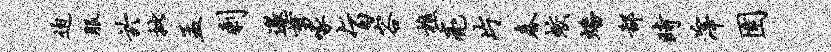
迫服於批孟剩邀剪啄旨容樵亮片春蛟蟠鄙时滓圉